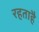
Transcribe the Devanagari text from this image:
रहताहै